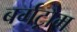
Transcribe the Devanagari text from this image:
बर्गट्रौम